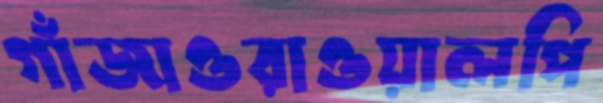
গাঁজাওরাওয়ালপি